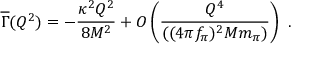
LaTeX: { \overline { { \Gamma } } } ( Q ^ { 2 } ) = - { \frac { \kappa ^ { 2 } Q ^ { 2 } } { 8 M ^ { 2 } } } + { \cal O } \left( { \frac { Q ^ { 4 } } { ( ( 4 \pi f _ { \pi } ) ^ { 2 } M m _ { \pi } ) } } \right) \ .